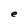
Character: e